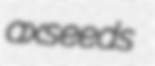
axseeds